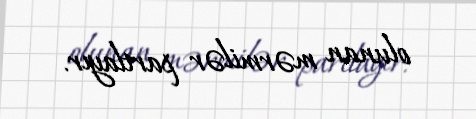
olunan mərmilər partlayır.